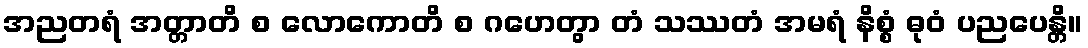
အညတရံ အတ္တာတိ စ လောကောတိ စ ဂဟေတွာ တံ သဿတံ အမရံ နိစ္စံ ဓုဝံ ပညပေန္တိ။